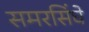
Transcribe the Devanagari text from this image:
समरसिंघे